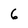
Character: 6